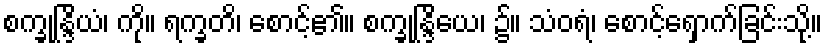
စက္ခုန္ဒြိယံ၊ ကို။ ရက္ခတိ၊ စောင့်၏။ စက္ခုန္ဒြိယေ၊ ၌။ သံဝရံ၊ စောင့်ရှောက်ခြင်းသို့။